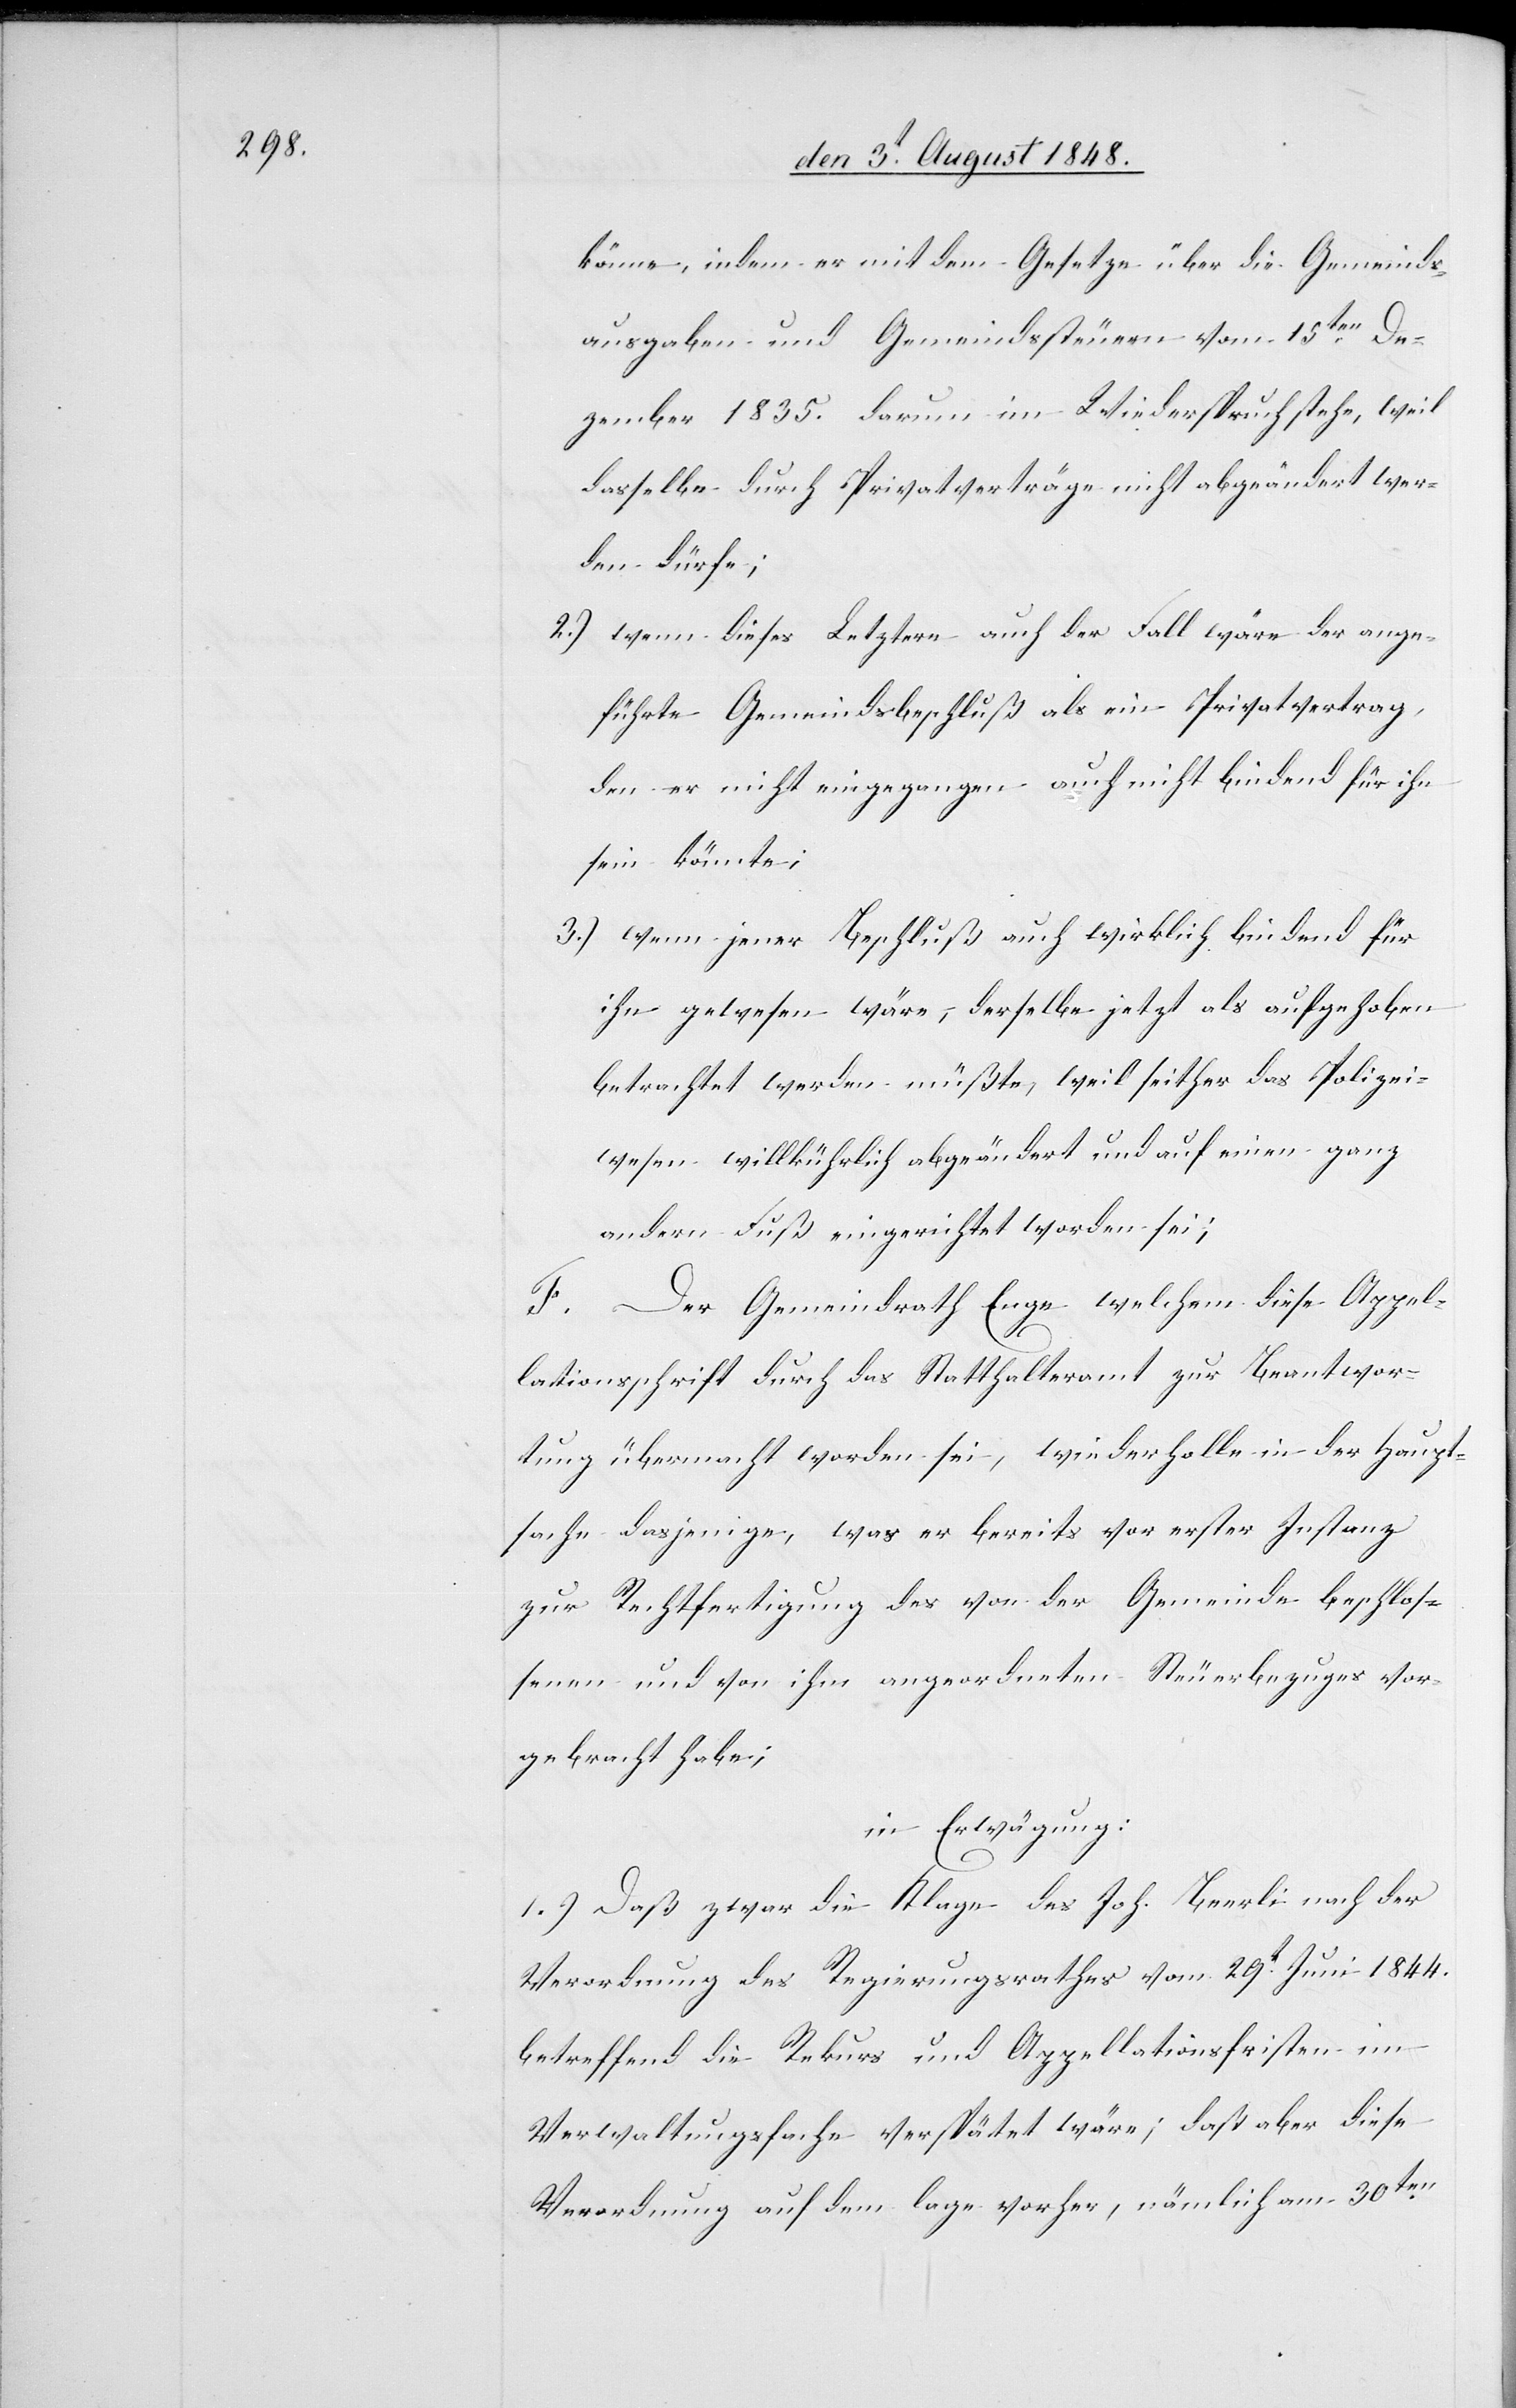
könne, indem er mit dem Gesetze über die Gemeinds¬
ausgaben und Gemeindsteuern vom 15ten De¬
zember 1835. darum im Wiederspruch stehe, weil
dasselbe durch Privatverträge nicht abgeändert wer¬
den dürfe;
2.) wenn dieses Letztere auch der Fall wäre der ange¬
führte Gemeindsbeschluß als ein Privatvertrag,
den er nicht eingegangen auch nicht bindend für ihn
sein könnte;
3.) wenn jener Beschluß auch wirklich bindend für
ihn gewesen wäre, derselbe jetzt als aufgehoben
betrachtet werden müßte, weil seither das Polizei¬
wesen willkührlich abgeändert und auf einen ganz
andern Fuß gerichtet worden sei;
Der Gemeindrath Enge welchem diese Appel¬
lationsschrift durch das Statthalteramt zur Beantwor¬
tung übermacht worden sei, wiederholte in der Haupt¬
sache dasjenige, was er bereits vor erster Instanz
zur Rechtfertigung des von der Gemeinde beschlos¬
senen und von ihm angeordneten Steuerbezuges vor¬
gebracht habe;
in Erwägung:
1.) Daß zwar die Klage des Joh. Beerli nach der
Verordnung des Regierungsrathes vom 29t Juni 1844.
betreffend die Rekurs und Appellationsfristen im
Verwaltungsfache verspätet wäre; daß aber diese
Verordnung auf dem lage [sic!] vorher, nämlich am 30ten